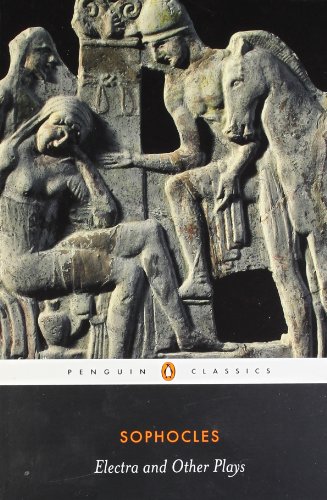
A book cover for Electra and Other Plays (Penguin Classics); Sophocles; Literature & Fiction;